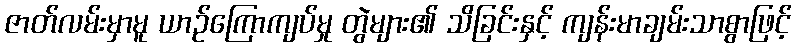
ဇာတ်လမ်းမှာမူ ယာဉ်ကြောကျပ်မှု တွဲများ၏ သိခြင်းနှင့် ကျန်းမာချမ်းသာစွာဖြင့်